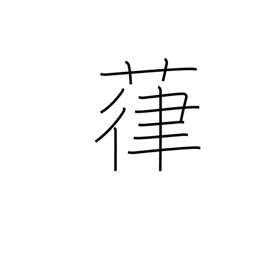
Meaning: vines